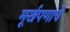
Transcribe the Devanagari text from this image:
मूर्खपणाचे